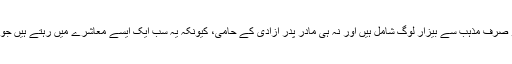
ایک بات ذھن میں رکھیے گا کہ پاکستان میں لبرل ازم کے حامیوں میں نہ تو صرف مذہب سے بیزار لوگ شامل ہیں اور نہ ہی مادر پدر آزادی کے حامی، کیونکہ یہ سب ایک ایسے معاشرے میں رہتے ہیں جو مذہب کا بہت احترام کرتا ہے، اور سماجی اقدار کی اہمیت سے بھی آگاہ ہیں۔